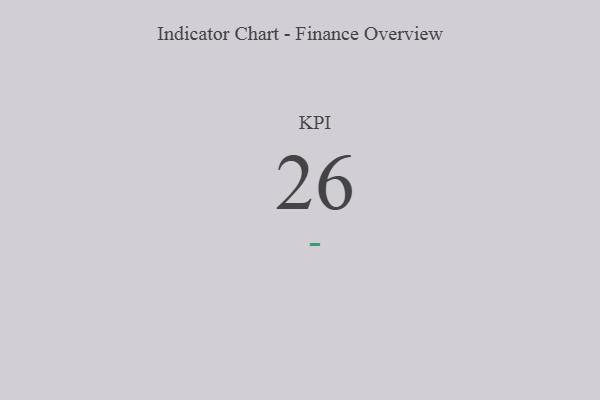
{"axis": {"x": "KPI", "y": "Value"}, "legend": [""], "data": [{"x": "KPI", "y": 26, "type": ""}]}